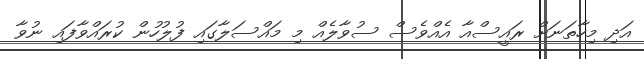
އަދި މިހާތަނަށް ރައީސްއާ އެއްވެސް ސުވާލެއް މި މައްސަލާގައި ފުލުހުން ކުރައްވާފައި ނުވާ